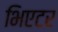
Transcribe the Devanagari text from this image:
भिएटर